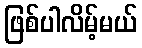
ဖြစ်ပါလိမ့်မယ်